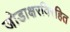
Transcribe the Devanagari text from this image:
जोडाक्षरविरहित